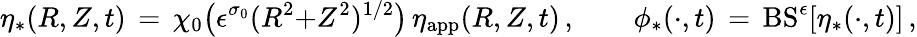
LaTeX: \eta_{*}(R,Z,t)\, =\, \chi_{0}\bigl(\epsilon^{\sigma_{0}}(R^{2}{+}Z^{2})^{1/2}\bigr)\, \eta_{\mathrm{app}}(R,Z,t)\, ,\qquad\phi_{*}(\cdot,t)\, =\, \mathrm{BS}^{\epsilon}[\eta_{*}(\cdot,t)]\, ,